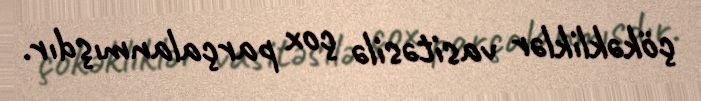
çökəkliklər vasitəsilə çox parçalanmışdır.